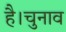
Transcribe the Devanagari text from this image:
है।चुनाव